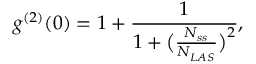
g ^ { ( 2 ) } ( 0 ) = 1 + \frac { 1 } { 1 + \big ( \frac { N _ { s s } } { N _ { L A S } ^ { } } \big ) ^ { 2 } } ,